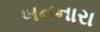
બનનારા